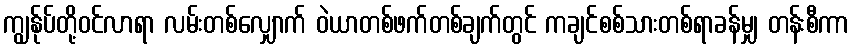
ကျွန်ုပ်တို့ဝင်လာရာ လမ်းတစ်လျှောက် ဝဲယာတစ်ဖက်တစ်ချက်တွင် ကချင်စစ်သားတစ်ရာခန်မျှ တန်းစီကာ